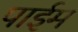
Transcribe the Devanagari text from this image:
पाईम